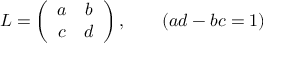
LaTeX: L = \left( \begin{array} { c c } { { a } } & { { b } } \\ { { c } } & { { d } } \end{array} \right) , ~ ~ ~ ~ ~ ~ ( a d - b c = 1 )